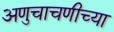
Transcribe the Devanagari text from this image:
अणुचाचणीच्या